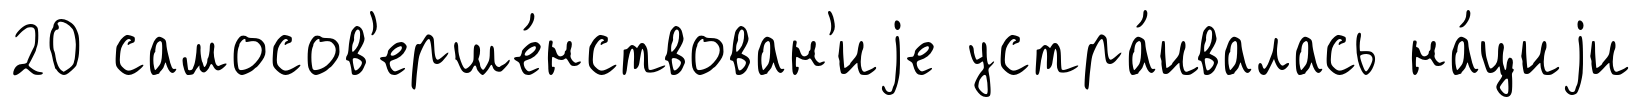
20 самосов'ерше́нствован'иjе устра́ивалась на́циjи